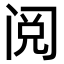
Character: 阅